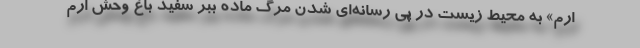
ارم» به محیط زیست در پی رسانه‌ای شدن مرگ ماده ببر سفید باغ‌ وحش ارم